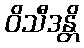
ဝိသီဒန္တိ